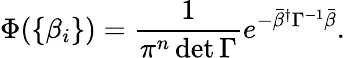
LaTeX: \Phi(\{ \beta_{i}\} )=\frac{1}{\pi^{n}\operatorname*{det}\Gamma}e^{-\bar{\beta}^{\dagger}\Gamma^{-1}\bar{\beta}}.